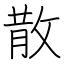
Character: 散